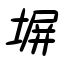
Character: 塀